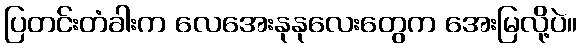
ပြတင်းတံခါးက လေအေးနုနုလေးတွေက အေးမြလို့ပဲ။